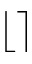
\lfloor \rceil